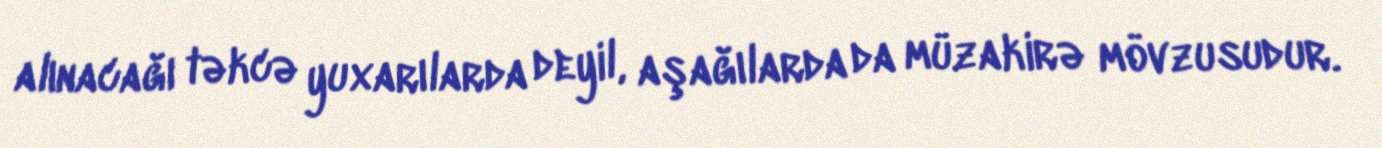
alınacağı təkcə yuxarılarda deyil, aşağılarda da müzakirə mövzusudur.